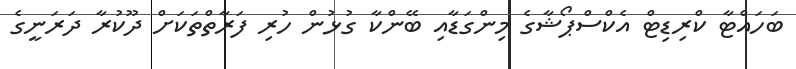
ބަހައްޓާ ކްރިޑިޓް އެކްސްޕޯޝާގެ މިންގަޑާއި ބޭންކާ ގުޅުން ހުރި ފަރާތްތަކަށް ދޫކުރާ ދަރަނީގެ